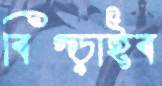
বিগ্‌ড়াইব